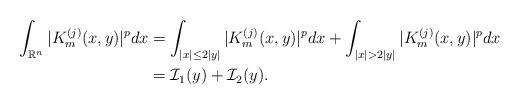
LaTeX: \begin{align*}\int_{\mathbb{R}^{n}}|K_{m}^{(j)}(x,y)|^{p}dx&=\int_{|x|\leq 2|y|}|K_{m}^{(j)}(x,y)|^{p}dx+\int_{|x|> 2|y|}|K_{m}^{(j)}(x,y)|^{p}dx\\&=\mathcal{I}_{1}(y)+\mathcal{I}_{2}(y).\end{align*}